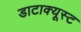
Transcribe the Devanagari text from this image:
डाटाक्यूस्ट